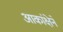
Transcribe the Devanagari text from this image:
आकांक्षेने